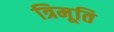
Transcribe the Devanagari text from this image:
त्रिमूति